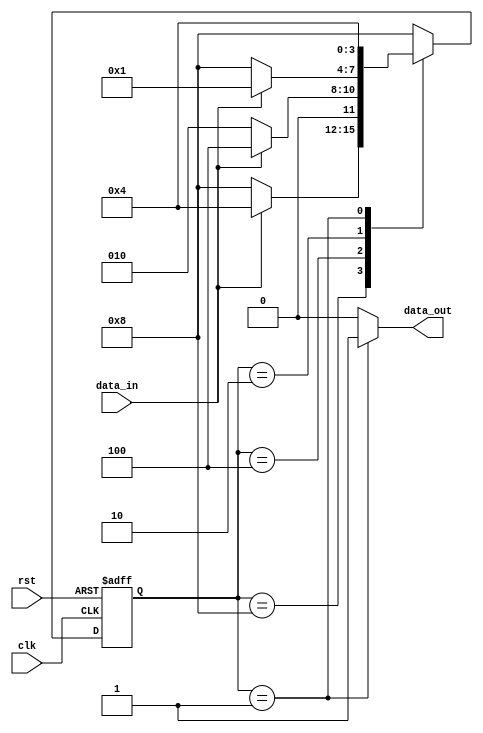
module detectMach(data_in,clk,rst,data_out);
input data_in,clk,rst;
output data_out;
reg data_out;
reg [3:0] sta;
reg [3:0] count;
parameter 	s0=4'b1000,
			s1=4'b0100,
			s2=4'b0010,
			s3=4'b0001;
always@(sta)
	begin
	case(sta)
	s0:
	data_out=1'b0;
	s1:
	data_out=1'b0;
	s2:
	data_out=1'b0;
	s3:
	data_out=1'b1;
	default:
	data_out=1'b0;
	endcase
	end
	
always@(posedge clk or negedge rst)
	begin
	if(!rst)
	begin
	sta<=s0;
    count<=4'd0;
	end
	else
	case(sta)
	s0:
	if(data_in==1'b0) sta<=s0;
	else sta<=s1;
	s1:
	if(data_in==1'b0) sta<=s2;
	else sta<=s1;
	s2:
	if(data_in==1'b0) sta<=s0;
	else 
		begin
		sta<=s3;
		count=count+4'd1;
		end
	s3:
	if(data_in==1'b0) sta<=s1;
	else sta<=s1;
	default:
	sta<=s0;
	endcase
	end
endmodule


`timescale 1ns/1ps
module Exper6;
reg clk,rst,data_in;
wire data_out;
reg [3:0]i;


detectMach e6(
				data_in,
				clk,
				rst,				
				data_out
);
always
	begin
		#5 clk = ~clk;
	end
 
initial 
begin
$dumpfile("Ex6.vcd");
$dumpvars(0,e6);
  i=0;data_in=0;rst=0;clk=1'b0;
  #5 rst=1;
  #5 data_in=1;
  #10 data_in=0;
  #10 data_in=1;
  #10 data_in=0;
  #10 data_in=1;
  #10 data_in=0;
  #10 data_in=1;
  #10 data_in=0;
  #10 data_in=0;
  #10 data_in=1;
  #20 clk=0;  
  #30 $finish;
  
end



endmodule